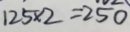
1 2 5 \times 2 = 2 5 0